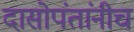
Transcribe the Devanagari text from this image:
दासोपंतांनीच